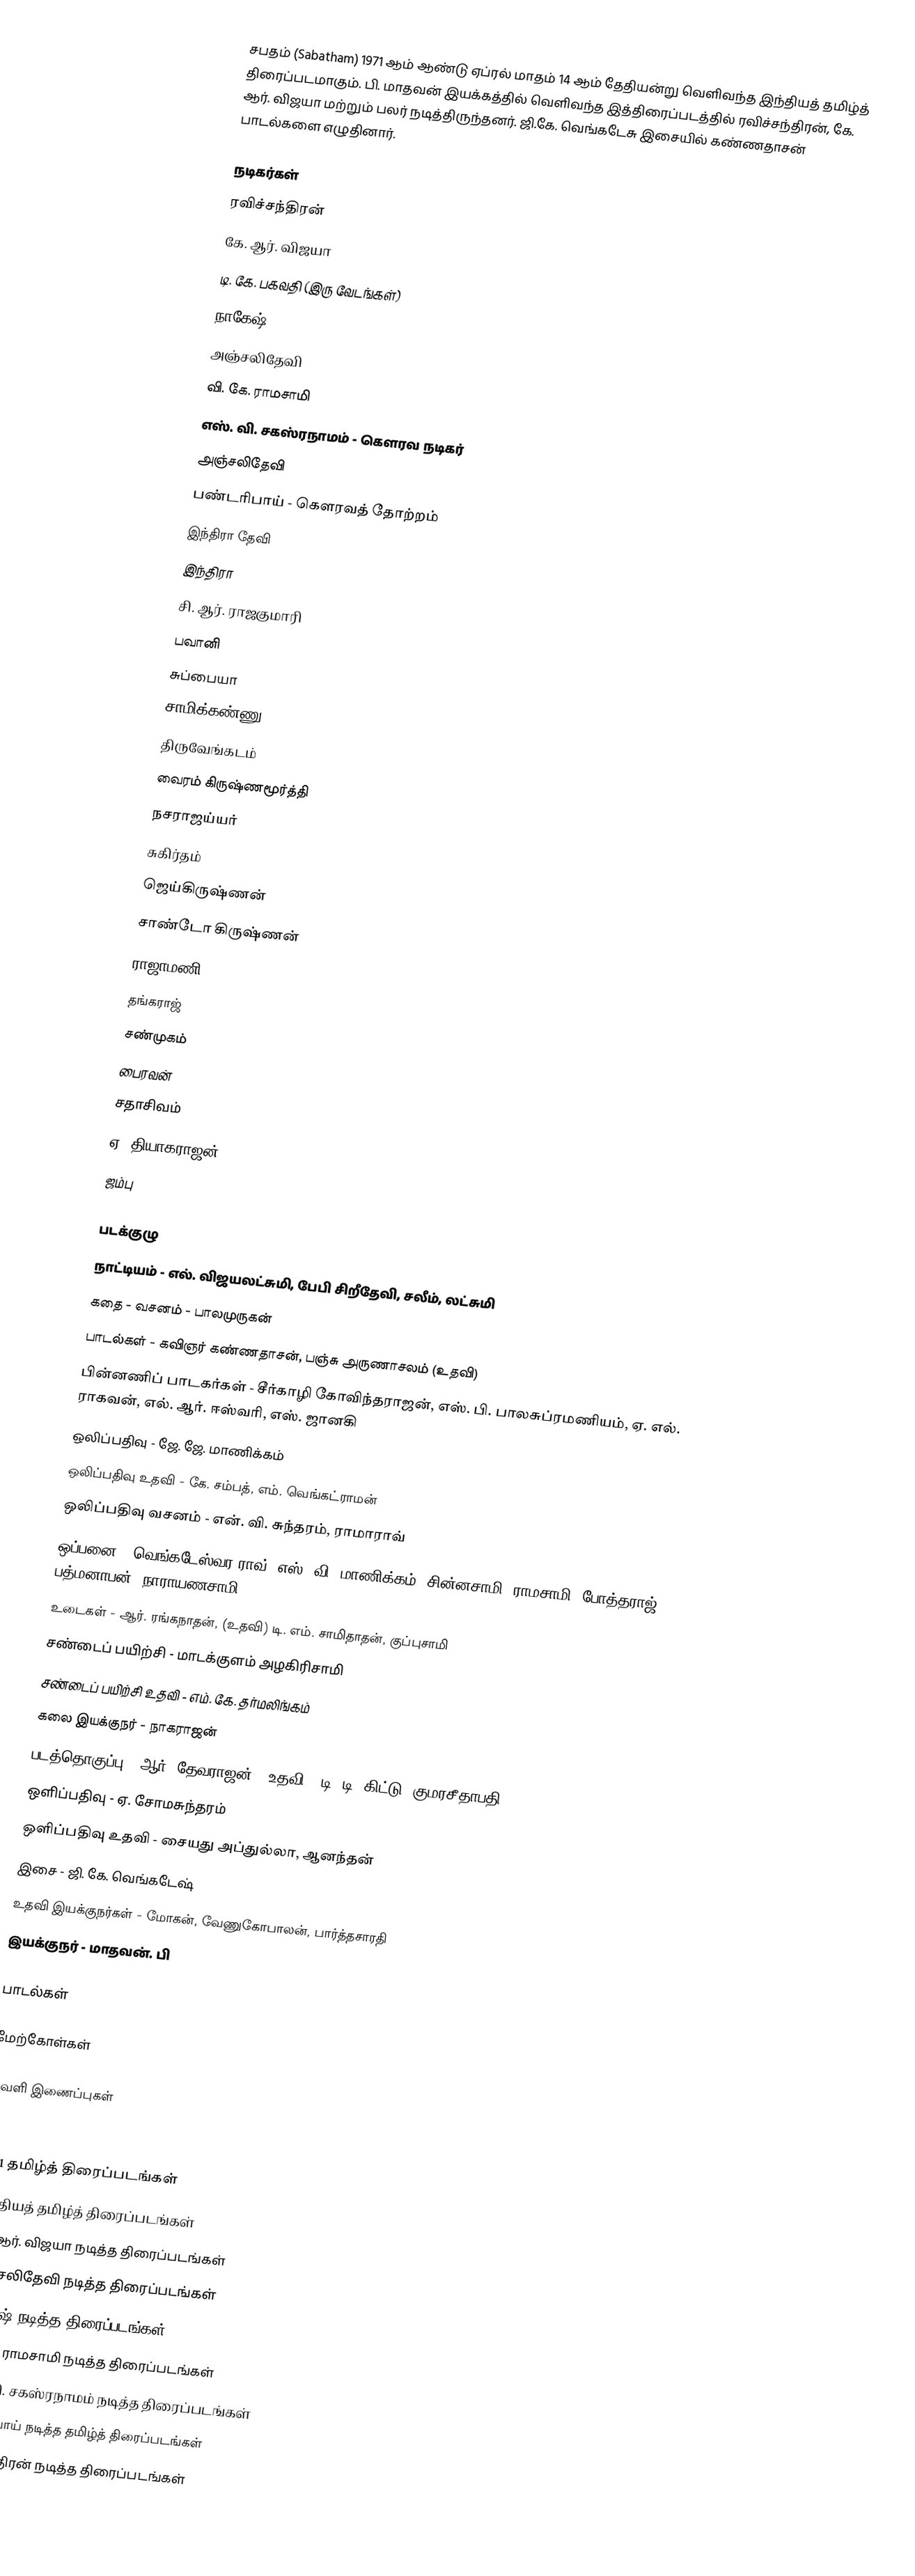
சபதம் (Sabatham) 1971 ஆம் ஆண்டு ஏப்ரல் மாதம் 14 ஆம் தேதியன்று வெளிவந்த இந்தியத் தமிழ்த் திரைப்படமாகும். பி. மாதவன் இயக்கத்தில் வெளிவந்த இத்திரைப்படத்தில் ரவிச்சந்திரன், கே. ஆர். விஜயா மற்றும் பலர் நடித்திருந்தனர். ஜி.கே. வெங்கடேசு இசையில் கண்ணதாசன் பாடல்களை எழுதினார்.

நடிகர்கள்
ரவிச்சந்திரன்
கே. ஆர். விஜயா
டி. கே. பகவதி (இரு வேடங்கள்)
நாகேஷ்
அஞ்சலிதேவி
வி. கே. ராமசாமி
 எஸ். வி. சகஸ்ரநாமம் - கௌரவ நடிகர்
 அஞ்சலிதேவி
 பண்டரிபாய் - கௌரவத் தோற்றம்
 இந்திரா தேவி
 இந்திரா
 சி. ஆர். ராஜகுமாரி
 பவானி
 சுப்பையா
 சாமிக்கண்ணு
 திருவேங்கடம்
 வைரம் கிருஷ்ணமூர்த்தி
 நசராஜய்யர்
 சுகிர்தம்
 ஜெய்கிருஷ்ணன்
 சாண்டோ கிருஷ்ணன்
 ராஜாமணி
 தங்கராஜ்
 சண்முகம்
 பைரவன்
 சதாசிவம்
 ஏ. தியாகராஜன்
 ஜம்பு

படக்குழு
 நாட்டியம் - எல். விஜயலட்சுமி, பேபி சிறீதேவி, சலீம், லட்சுமி
 கதை - வசனம் - பாலமுருகன்
 பாடல்கள் - கவிஞர் கண்ணதாசன், பஞ்சு அருணாசலம் (உதவி)
 பின்னணிப் பாடகர்கள் - சீர்காழி கோவிந்தராஜன், எஸ். பி. பாலசுப்ரமணியம், ஏ. எல். ராகவன், எல். ஆர். ஈஸ்வரி, எஸ். ஜானகி
 ஒலிப்பதிவு - ஜே. ஜே. மாணிக்கம்
 ஒலிப்பதிவு உதவி - கே. சம்பத், எம். வெங்கட்ராமன்
 ஒலிப்பதிவு வசனம் - என். வி. சுந்தரம், ராமாராவ்
 ஒப்பனை - வெங்கடேஸ்வர ராவ். எஸ். வி. மாணிக்கம், சின்னசாமி, ராமசாமி, போத்தராஜ், பத்மனாபன், நாராயணசாமி
 உடைகள் - ஆர். ரங்கநாதன், (உதவி) டி. எம். சாமிதாதன், குப்புசாமி
 சண்டைப் பயிற்சி - மாடக்குளம் அழகிரிசாமி
 சண்டைப் பயிற்சி உதவி - எம். கே. தர்மலிங்கம்
 கலை இயக்குநர் - நாகராஜன்
 படத்தொகுப்பு - ஆர். தேவராஜன், (உதவி : டி. டி. கிட்டு, குமரசீதாபதி)
 ஒளிப்பதிவு - ஏ. சோமசுந்தரம்
 ஒளிப்பதிவு உதவி - சையது அப்துல்லா, ஆனந்தன்
 இசை - ஜி. கே. வெங்கடேஷ்
 உதவி இயக்குநர்கள் - மோகன், வேணுகோபாலன், பார்த்தசாரதி
 இயக்குநர் - மாதவன். பி

பாடல்கள்

மேற்கோள்கள்

வெளி இணைப்புகள்

1971 தமிழ்த் திரைப்படங்கள்
இந்தியத் தமிழ்த் திரைப்படங்கள்
கே. ஆர். விஜயா நடித்த திரைப்படங்கள்
அஞ்சலிதேவி நடித்த திரைப்படங்கள்
நாகேஷ் நடித்த திரைப்படங்கள்
வி. கே. ராமசாமி நடித்த திரைப்படங்கள்
எஸ். வி. சகஸ்ரநாமம் நடித்த திரைப்படங்கள்
பண்டரிபாய் நடித்த தமிழ்த் திரைப்படங்கள்
ரவிச்சந்திரன் நடித்த திரைப்படங்கள்